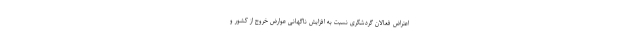
اعتراض فعالان گردشگری نسبت به افزایش ناگهانی عوارض خروج از کشور و